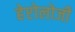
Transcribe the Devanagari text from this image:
हेप्टोलोजी